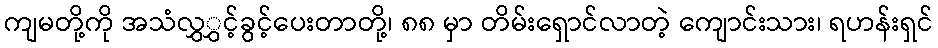
ကျမတို့ကို အသံလွှွှင့်ခွင့်ပေးတာတို့၊ ၈၈ မှာ တိမ်းရှောင်လာတဲ့ ကျောင်းသား၊ ရဟန်းရှင်